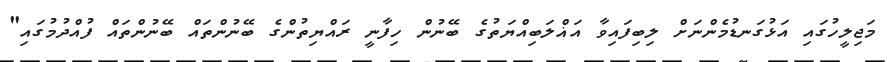
މަޖިލީހުގައި އަޅުގަނޑުމެންނަށް ލިބިފައިވާ އަޣްލަބިއްޔަތުގެ ބޭނުން ހިފާނީ ރައްޔިތުންގެ ބޭނުންތައް ބޭނުންތައް ފުއްދުމުގައި"